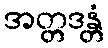
အတ္တဒန္တံ